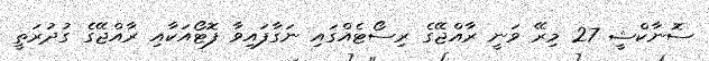
ސޮނާކްޝީ 27 މިރޭ ވަނީ ރާއްޖޭގެ ރިސޯޓެއްގައި ނަގާފައިވާ ފޮޓޯއަކާއި ރާއްޖޭގެ ގުދުރަތީ